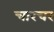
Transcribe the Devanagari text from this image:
चारचर